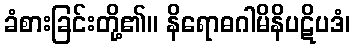
ခံစားခြင်းတို့၏။ နိရောဓဂါမိနိပဋိပဒံ၊